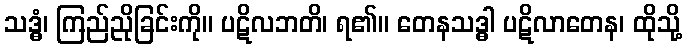
သဒ္ဓံ၊ ကြည်ညိုခြင်းကို။ ပဋိလဘတိ၊ ရ၏။ တေနသဒ္ဓါ ပဋိလာတေန၊ ထိုသို့